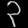
Digit: ၃